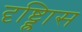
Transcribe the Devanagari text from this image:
दृष्ट्ह्रािस